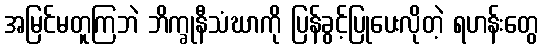
အမြင်မတူကြဘဲ ဘိက္ခုနီသံဃာကို ပြန်ခွင့်ပြုပေးလိုတဲ့ ရဟန်းတွေ